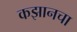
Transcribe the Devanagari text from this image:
कझानचा